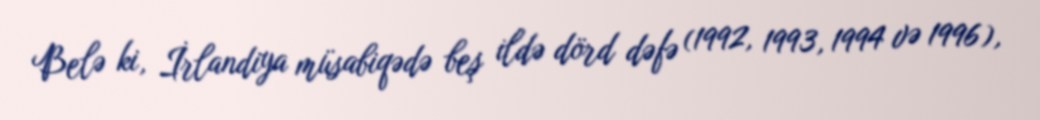
Belə ki, İrlandiya müsabiqədə beş ildə dörd dəfə (1992, 1993, 1994 və 1996),